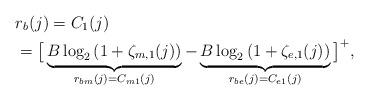
LaTeX: \begin{align*}&r_{b}(j)=C_{1}(j)\\&=\big[\underbrace{B\log_{2}\left(1+\zeta_{m,1}(j)\right)}_{r_{bm}(j)=C_{m1}(j)}-\underbrace{B\log_{2}\left(1+\zeta_{e,1}(j)\right)}_{r_{be}(j)=C_{e1}(j)}\big]^+,\end{align*}